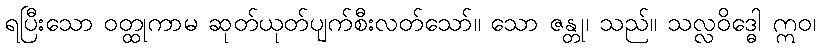
ရပြီးသော ဝတ္ထုကာမ ဆုတ်ယုတ်ပျက်စီးလတ်သော်။ သော ဇန္တု၊ သည်။ သလ္လဝိဒ္ဓေါ ဣဝ၊